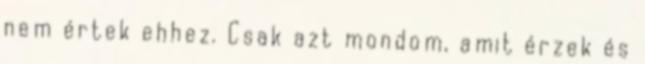
nem értek ehhez. Csak azt mondom, amit érzek és